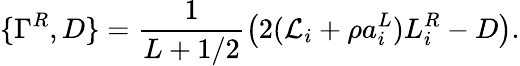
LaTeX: \{ \Gamma^{R},D\} =\frac{1}{L+1/2}\left(2({\cal L}_{i}+\rho a_{i}^{L})L_{i}^{R}-D\right).